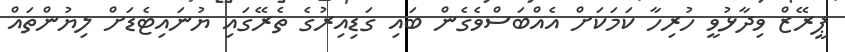
ޕީރޭޒް ވިދާޅުވީ ހުރިހާ ކަމަކަށް އެއްބަސްވެގެން ބައި ގަޑިއިރުގެ ތެރޭގައި ޔުނައިޓެޑަށް ލިޔުންތައް